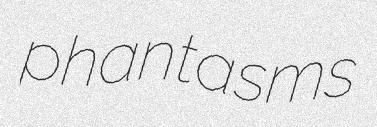
phantasms